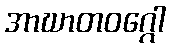
အာဃာတဝဂ္ဂေါ